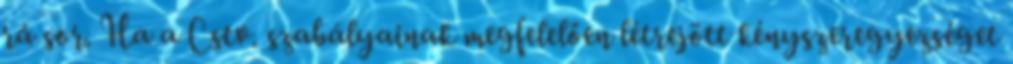
rá sor. Ha a Cstv. szabályainak megfelelően létrejött kényszeregyezséget